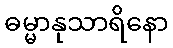
ဓမ္မာနုသာရိနော